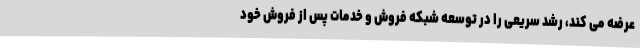
عرضه می کند، رشد سریعی را در توسعه شبکه فروش و خدمات پس از فروش خود